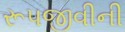
રૂપજીવીની